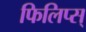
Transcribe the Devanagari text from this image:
फिलिप्स्